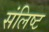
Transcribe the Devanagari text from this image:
संलिष्ट